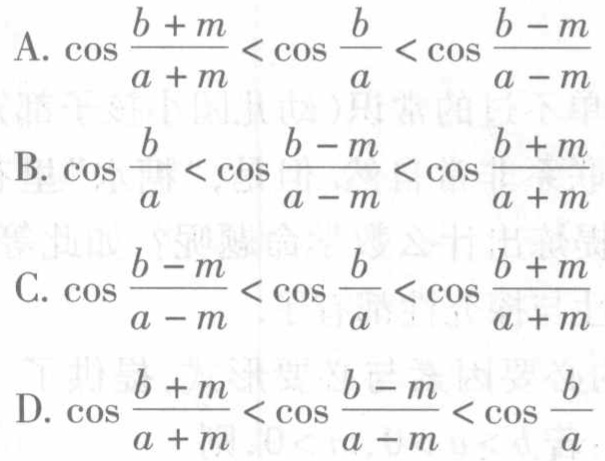
A. \(\cos\frac{b + m}{a + m}<\cos\frac{b}{a}<\cos\frac{b - m}{a - m}\)

B. \(\cos\frac{b}{a}<\cos\frac{b - m}{a - m}<\cos\frac{b + m}{a + m}\)

C. \(\cos\frac{b - m}{a - m}<\cos\frac{b}{a}<\cos\frac{b + m}{a + m}\)

D. \(\cos\frac{b + m}{a + m}<\cos\frac{b - m}{a - m}<\cos\frac{b}{a}\)